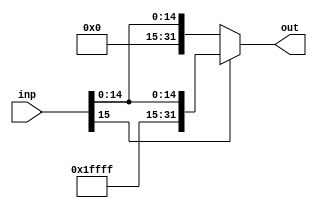
module SE1632(inp,out);
    input[15:0] inp;
    output reg [31:0] out;
    always@(inp) begin
        if (inp[15] == 0)
            out = {16'b0,inp};
        else
            out = {16'b1111111111111111,inp};
    end
endmodule